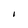
Character: I